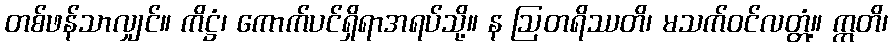
တစ်ဖန်သာလျှင်။ ကိဋ္ဌံ၊ ကောက်ပင်ရှိရာအရပ်သို့။ န ဩတရိဿတိ၊ မသက်ဝင်လတ္တံ့။ ဣတိ၊